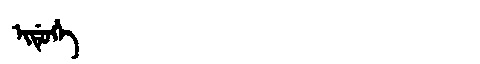
Manchu: ᡳᡩᡠᡥᡝ
Romanization: IDUHE